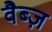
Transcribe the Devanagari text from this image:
वैब्ज़